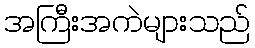
အကြီးအကဲများသည်